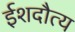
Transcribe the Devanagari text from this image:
ईशदौत्य